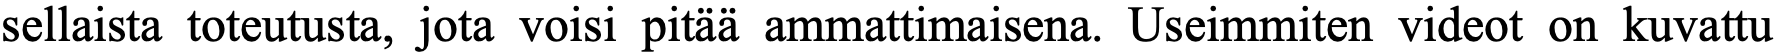
sellaista toteutusta, jota voisi pitää ammattimaisena. Useimmiten videot on kuvattu